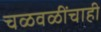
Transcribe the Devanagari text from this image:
चळवळींचाही